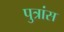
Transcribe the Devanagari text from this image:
पुत्रांस